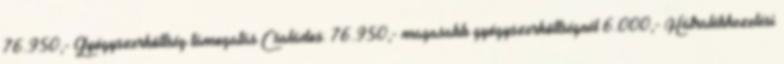
76.950,- Gyógyszerköltség támogatás Családos: 76.950,- magasabb gyógyszerköltségnél 6.000,- Hátralékkezelési